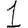
Digit: 1